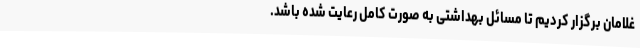
غلامان برگزار کردیم تا مسائل بهداشتی به صورت کامل رعایت شده باشد.